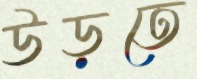
উড়তে